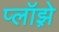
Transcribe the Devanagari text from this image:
प्लॉझ़े